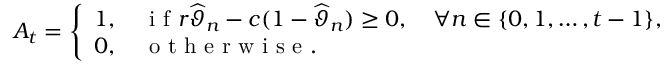
A _ { t } = \left\{ \begin{array} { l l } { 1 , \quad \mathrm { ~ i ~ f ~ } r \widehat { \vartheta } _ { n } - c ( 1 - \widehat { \vartheta } _ { n } ) \geq 0 , \quad \forall n \in \{ 0 , 1 , \ldots , t - 1 \} , } \\ { 0 , \quad \mathrm { ~ o ~ t ~ h ~ e ~ r ~ w ~ i ~ s ~ e ~ } . } \end{array} \right.